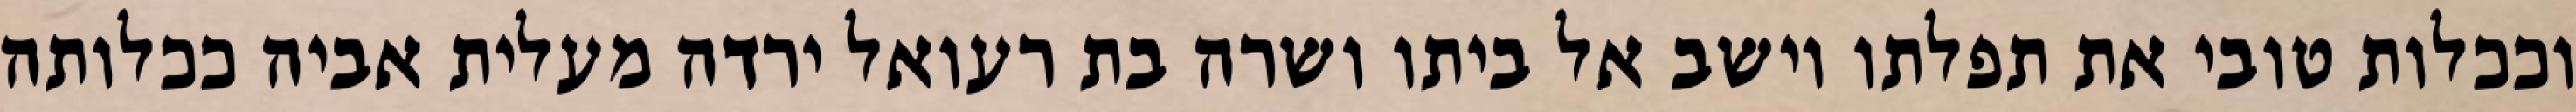
וככלות טובי את תפלתו וישב אל ביתו ושרה בת רעואל ירדה מעלית אביה ככלותה